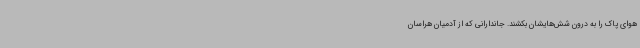
هوای پاک را به درون شش‌هایشان بکشند. جاندارانی که از آدمیان هراسان